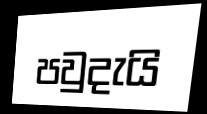
පවුදැයි